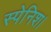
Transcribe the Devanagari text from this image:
स्पेनिश।